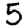
Digit: 5